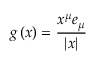
g \left( x \right) = \frac { x ^ { \mu } e _ { \mu } } { \left| x \right| }